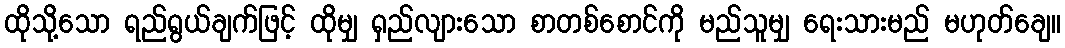
ထိုသို့သော ရည်ရွယ်ချက်ဖြင့် ထိုမျှ ရှည်လျားသော စာတစ်စောင်ကို မည်သူမျှ ရေးသားမည် မဟုတ်ချေ။